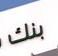
بنك